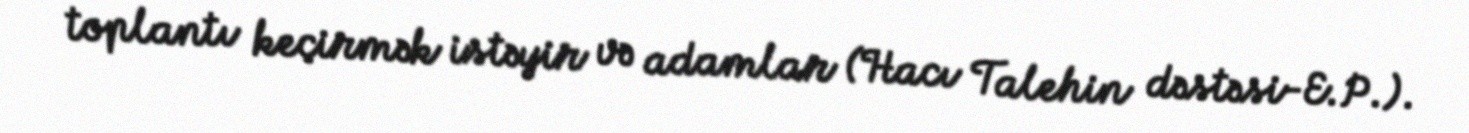
toplantı keçirmək istəyir və adamlar (Hacı Talehin dəstəsi-E.P.).